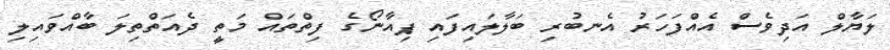
ލަޔާލް އަދިވެސް އެއްފަހަރު އެނބުރި ބަލާލައިފައި ޕިއާނޯގެ ފިތްތައް މަތީ ދެއަތްތިލަ ބާއްވައިލި